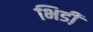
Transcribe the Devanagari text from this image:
भिडी़